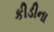
કીડીના